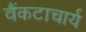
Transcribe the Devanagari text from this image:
वैंकटाचार्य